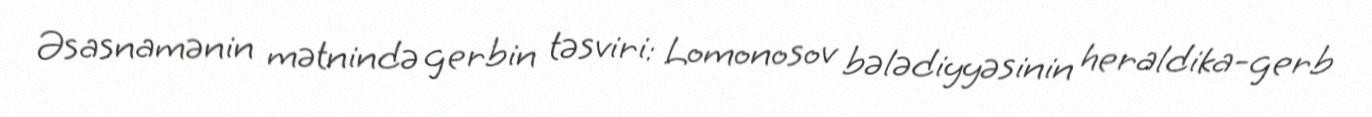
Əsasnamənin mətnində gerbin təsviri: Lomonosov bələdiyyəsinin heraldika-gerb